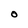
Character: O